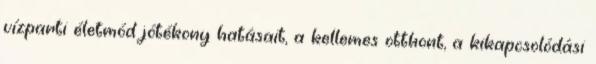
vízparti életmód jótékony hatásait, a kellemes otthont, a kikapcsolódási